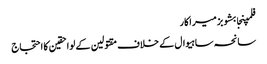
فلمپنجابشوبزمیراکار
سانحہ ساہیوال کے خلاف مقتولین کے لواحقین کا احتجاج